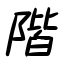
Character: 階